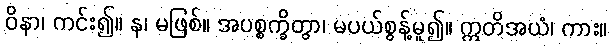
ဝိနာ၊ ကင်း၍။ န၊ မဖြစ်။ အပစ္စက္ခိတွာ၊ မပယ်စွန့်မူ၍။ ဣတိအယံ၊ ကား။